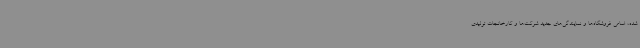
شده، اسامی فروشگاه‌ها و نمایندگی‌های جدید شرکت‌ها و کارخانجات تولیدی